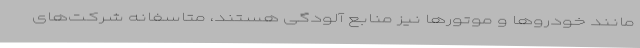
مانند خودروها و موتورها نیز منابع آلودگی هستند، متاسفانه شرکت‌های